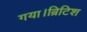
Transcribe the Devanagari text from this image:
गया।ब्रिटिश